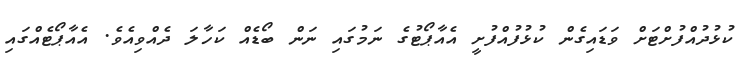
ކުޅުދުއްފުށްޓަށް ވަޑައިގެން ކުޅުފުއްފުށީ އެއާޕޯޓުގެ ނަމުގައި ނަން ބޯޑެއް ކަހާލަ ދެއްވިއެވެ. އެއާޕޯޓެއްގައި